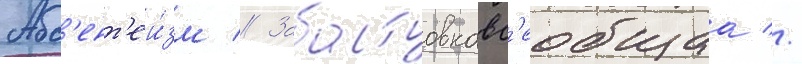
Абс'ент'еи́зм // Забастовкавс'еобщаа //